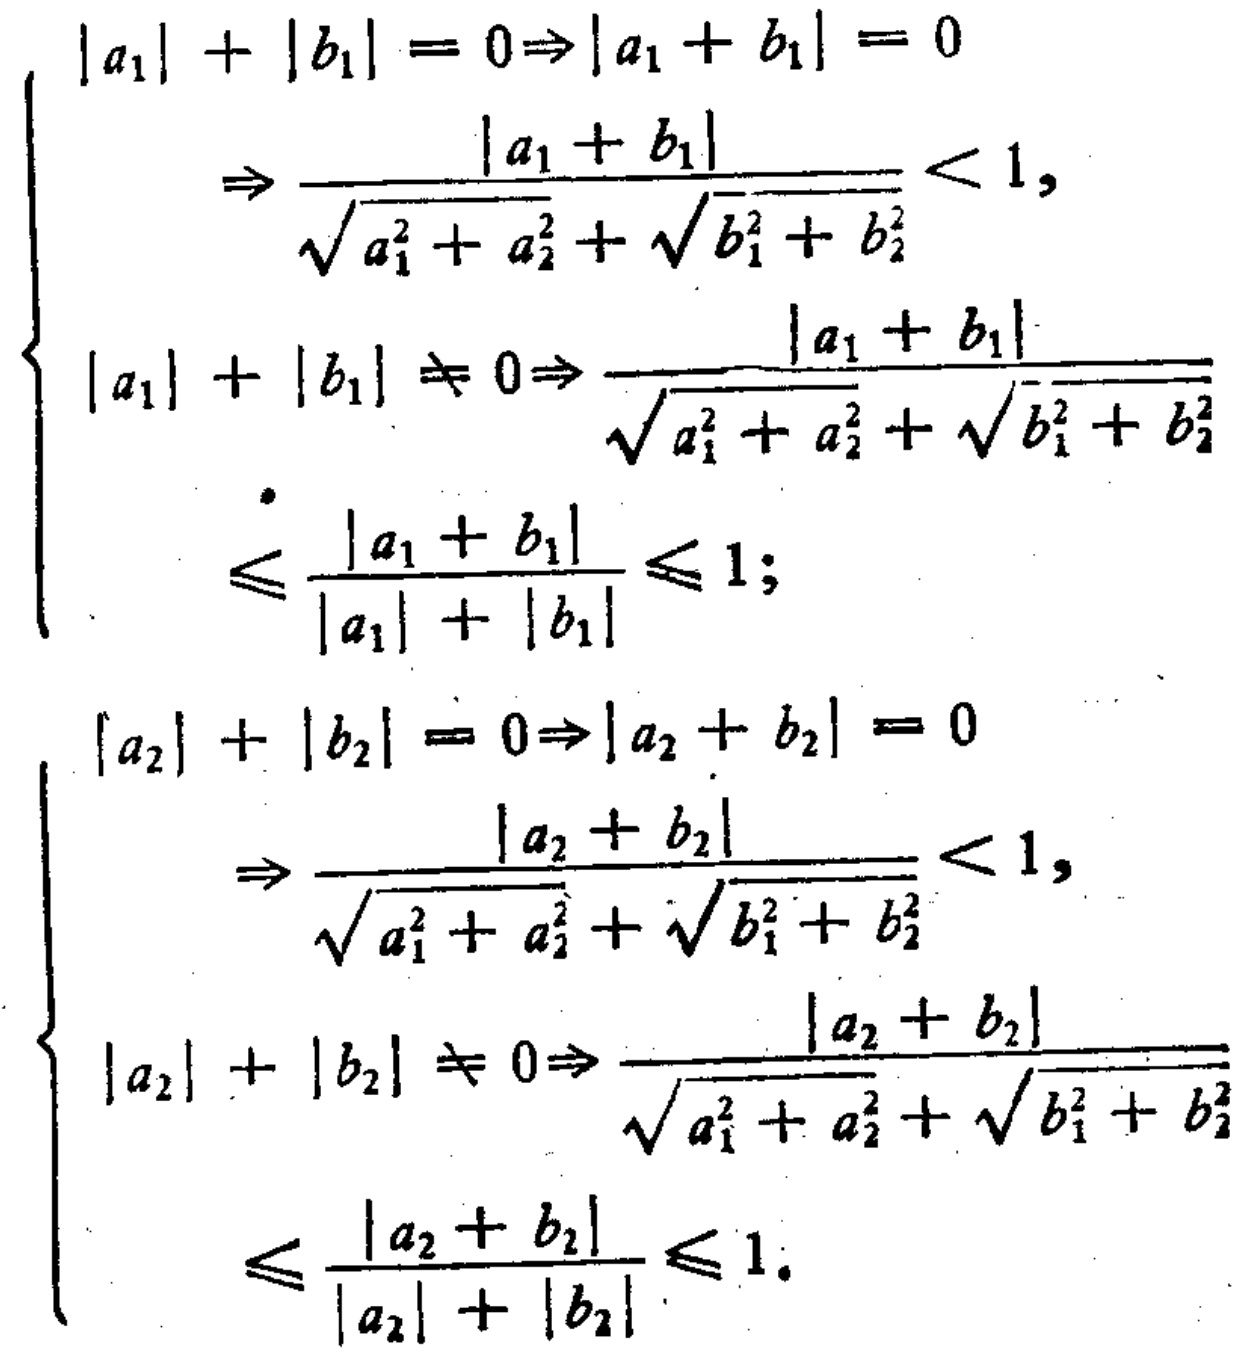
\[

\begin{cases}

|a_1| + |b_1| = 0 \Rightarrow |a_1 + b_1| = 0 \\

\Rightarrow \frac{|a_1 + b_1|}{\sqrt{a_1^2 + a_2^2}+\sqrt{b_1^2 + b_2^2}} < 1, \\

|a_1| + |b_1| \neq 0 \Rightarrow \frac{|a_1 + b_1|}{\sqrt{a_1^2 + a_2^2}+\sqrt{b_1^2 + b_2^2}} \\

\leqslant \frac{|a_1 + b_1|}{|a_1| + |b_1|} \leqslant 1; \\

|a_2| + |b_2| = 0 \Rightarrow |a_2 + b_2| = 0 \\

\Rightarrow \frac{|a_2 + b_2|}{\sqrt{a_1^2 + a_2^2}+\sqrt{b_1^2 + b_2^2}} < 1, \\

|a_2| + |b_2| \neq 0 \Rightarrow \frac{|a_2 + b_2|}{\sqrt{a_1^2 + a_2^2}+\sqrt{b_1^2 + b_2^2}} \\

\leqslant \frac{|a_2 + b_2|}{|a_2| + |b_2|} \leqslant 1.

\end{cases}

\]